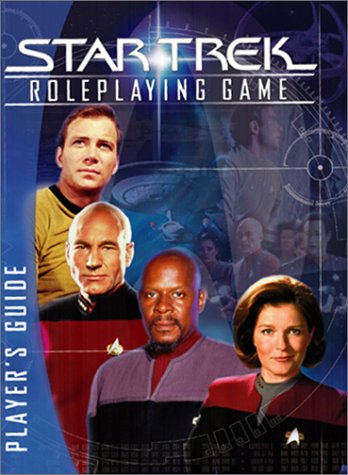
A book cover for Star Trek Roleplaying Game: Player's Guide; Mathew Colville; Science Fiction & Fantasy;